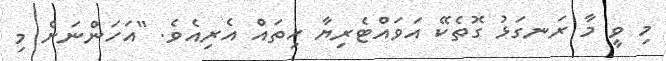
މި ވީ މާ ރަނގަޅު ގޮތެކޭ އަވައްޓެރިޔާ ހިތައް އެރިއެވެ. "އަހަންނަށް މި